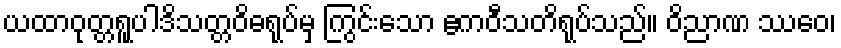
ယထာဝုတ္တရူပါဒိသတ္တဝိဓရုပ်မှ ကြွင်းသော ဧကဝီသတိရုပ်သည်။ ဝိညာဏ ဿေဝ၊